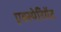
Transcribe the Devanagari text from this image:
एक्स्पेरिमेंट